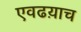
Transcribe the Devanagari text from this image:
एवढय़ाच